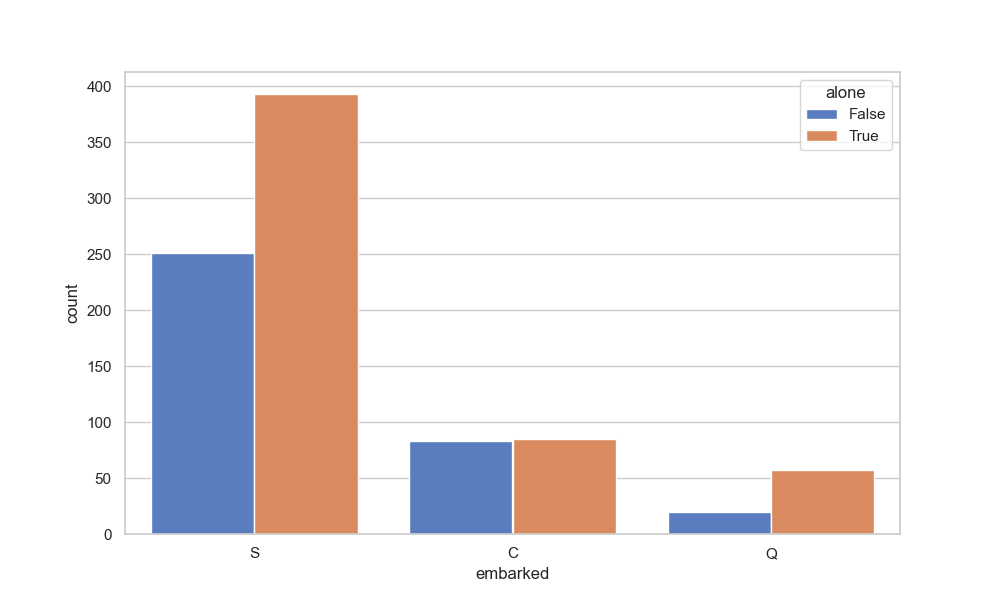
python, seaborn, countplot, x='embarked', palette='muted', hue='alone'